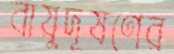
বায়ুদূষণের